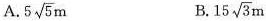
A. $$5 \sqrt { 5 } m$$ B.$$1 5 \sqrt { 3 } m$$